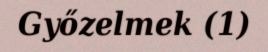
Győzelmek (1)